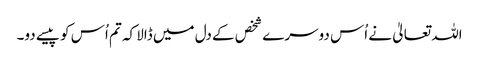
اللہ تعالیٰ نے اُس دوسرے شخص کے دل میں ڈالا کہ تم اُس کو پیسے دو۔